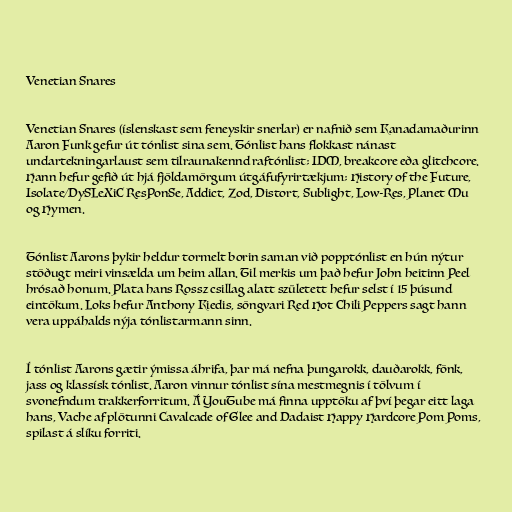
Venetian Snares

Venetian Snares (íslenskast sem feneyskir snerlar) er nafnið sem Kanadamaðurinn
Aaron Funk gefur út tónlist sina sem. Tónlist hans flokkast nánast
undartekningarlaust sem tilraunakennd raftónlist; IDM, breakcore eða glitchcore.
Hann hefur gefið út hjá fjöldamörgum útgáfufyrirtækjum; History of the Future,
Isolate/DySLeXiC ResPonSe, Addict, Zod, Distort, Sublight, Low-Res, Planet Mu
og Hymen.

Tónlist Aarons þykir heldur tormelt borin saman við popptónlist en hún nýtur
stöðugt meiri vinsælda um heim allan. Til merkis um það hefur John heitinn Peel
hrósað honum. Plata hans Rossz csillag alatt született hefur selst í 15 þúsund
eintökum. Loks hefur Anthony Kiedis, söngvari Red Hot Chili Peppers sagt hann
vera uppáhalds nýja tónlistarmann sinn.

Í tónlist Aarons gætir ýmissa áhrifa, þar má nefna þungarokk, dauðarokk, fönk,
jass og klassísk tónlist. Aaron vinnur tónlist sína mestmegnis í tölvum í
svonefndum trakkerforritum. Á YouTube má finna upptöku af því þegar eitt laga
hans, Vache af plötunni Cavalcade of Glee and Dadaist Happy Hardcore Pom Poms,
spilast á slíku forriti.